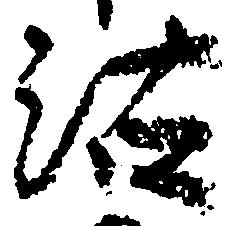
沽